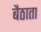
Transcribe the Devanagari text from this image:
बैठाता